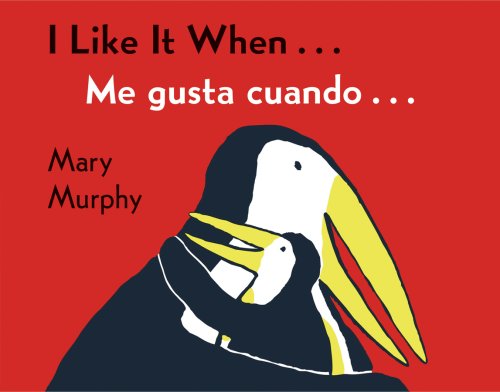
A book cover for I Like It When . . . /Me gusta cuando . . .; Mary Murphy; Children's Books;